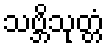
သဗ္ဘိသုတ္တံ